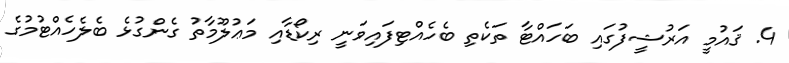
4. ޤައުމީ އަރުޝީފުގައި ބަހައްޓާ ތަކެތި ބެހެއްޓިފައިވަނީ ރިކޯޑާއި މަޢުލޫމާތު ގެންގުޅެ ބެލެހެއްޓުމުގެ